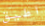
اطيق